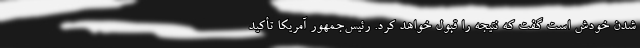
شدن خودش است گفت که نتیجه را قبول خواهد کرد. رئیس‌جمهور آمریکا تأکید